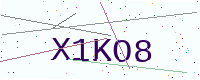
Text: X1KO8